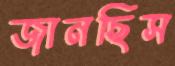
জানছিস